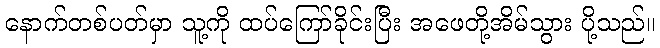
နောက်တစ်ပတ်မှာ သူ့ကို ထပ်ကြော်ခိုင်းပြီး အဖေတို့အိမ်သွား ပို့သည်။